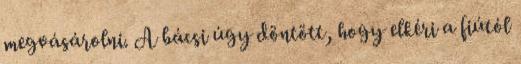
megvásárolni. A bácsi úgy döntött, hogy elkéri a fiútól